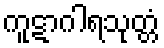
ကူဋာဂါရသုတ္တံ